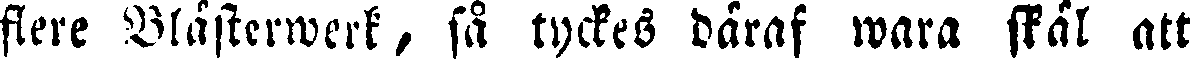
fiere Blåsterwerk, så tyckes däraf wara skäl att